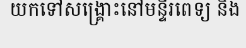
យកទៅសង្គ្រោះនៅមន្ទីរពេទ្យ និង